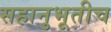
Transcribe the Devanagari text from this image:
सहानुभूतीच